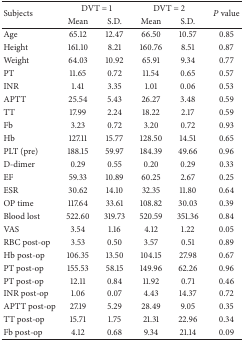
<table><thead><tr><td rowspan="2"><b>Subjects</b></td><td colspan="2"><b>DVT = 1</b></td><td colspan="2"><b>DVT = 2</b></td><td rowspan="2"><b><i>P</i> value</b></td></tr><tr><td><b>Mean</b></td><td><b>S.D.</b></td><td><b>Mean</b></td><td><b>S.D.</b></td></tr></thead><tbody><tr><td>Age</td><td>65.12 </td><td>12.47 </td><td>66.50 </td><td>10.57 </td><td>0.85 </td></tr><tr><td>Height</td><td>161.10 </td><td>8.21 </td><td>160.76 </td><td>8.51 </td><td>0.87 </td></tr><tr><td>Weight</td><td>64.03 </td><td>10.92 </td><td>65.91 </td><td>9.34 </td><td>0.77 </td></tr><tr><td>PT</td><td>11.65 </td><td>0.72 </td><td>11.54 </td><td>0.65 </td><td>0.57 </td></tr><tr><td>INR</td><td>1.41 </td><td>3.35 </td><td>1.01 </td><td>0.06 </td><td>0.53 </td></tr><tr><td>APTT</td><td>25.54 </td><td>5.43 </td><td>26.27 </td><td>3.48 </td><td>0.59 </td></tr><tr><td>TT</td><td>17.99 </td><td>2.24 </td><td>18.22 </td><td>2.17 </td><td>0.59 </td></tr><tr><td>Fb</td><td>3.23 </td><td>0.72 </td><td>3.20 </td><td>0.72 </td><td>0.93 </td></tr><tr><td>Hb</td><td>127.11 </td><td>15.77 </td><td>128.50 </td><td>14.51 </td><td>0.65 </td></tr><tr><td>PLT (pre)</td><td>188.15 </td><td>59.97 </td><td>184.39 </td><td>49.66 </td><td>0.96 </td></tr><tr><td>D-dimer</td><td>0.29 </td><td>0.55 </td><td>0.20 </td><td>0.29 </td><td>0.33 </td></tr><tr><td>EF</td><td>59.33 </td><td>10.89 </td><td>60.25 </td><td>2.67 </td><td>0.25 </td></tr><tr><td>ESR</td><td>30.62 </td><td>14.10 </td><td>32.35 </td><td>11.80 </td><td>0.64 </td></tr><tr><td>OP time</td><td>117.64 </td><td>33.61 </td><td>108.82 </td><td>30.03 </td><td>0.39 </td></tr><tr><td>Blood lost</td><td>522.60 </td><td>319.73 </td><td>520.59 </td><td>351.36 </td><td>0.84 </td></tr><tr><td>VAS</td><td>3.54 </td><td>1.16 </td><td>4.12 </td><td>1.22 </td><td>0.05 </td></tr><tr><td>RBC post-op</td><td>3.53 </td><td>0.50 </td><td>3.57 </td><td>0.51 </td><td>0.89 </td></tr><tr><td>Hb post-op</td><td>106.35 </td><td>13.50 </td><td>104.15 </td><td>27.98 </td><td>0.67 </td></tr><tr><td>PT post-op</td><td>155.53 </td><td>58.15 </td><td>149.96 </td><td>62.26 </td><td>0.96 </td></tr><tr><td>PT post-op</td><td>12.11 </td><td>0.84 </td><td>11.92 </td><td>0.71 </td><td>0.46 </td></tr><tr><td>INR post-op</td><td>1.06 </td><td>0.07 </td><td>4.43 </td><td>14.37 </td><td>0.72 </td></tr><tr><td>APTT post-op</td><td>27.19 </td><td>5.29 </td><td>28.49 </td><td>9.05 </td><td>0.35 </td></tr><tr><td>TT post-op</td><td>15.71 </td><td>1.75 </td><td>21.31 </td><td>22.96 </td><td>0.34 </td></tr><tr><td>Fb post-op</td><td>4.12 </td><td>0.68 </td><td>9.34 </td><td>21.14 </td><td>0.09 </td></tr></tbody></table>